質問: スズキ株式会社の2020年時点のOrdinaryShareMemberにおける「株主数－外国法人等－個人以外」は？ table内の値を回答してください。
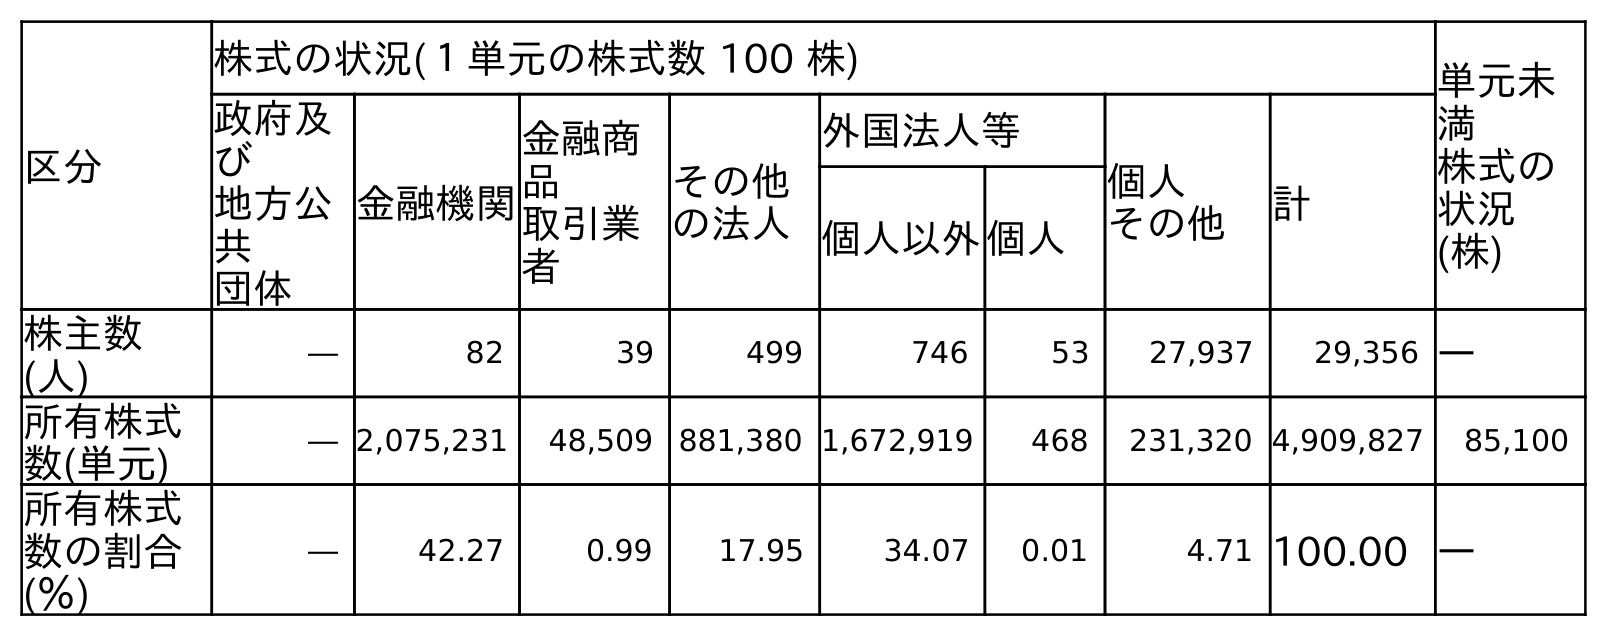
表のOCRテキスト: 区分 株式の状況(１単元の株式数 100 株) 単元未 満 株式の 状況 (株) 政府及 び 地方公 共 団体 金融機関 金融商 品 取引業 者 その他 の法人 外国法人等 個人 その他 計 個人以外個人 株主数 (人) ― 82 39 499 746 53 27,937 29,356 ― 所有株式 数(単元) ― 2,075,231 48,509 881,380 1,672,919 468 231,320 4,909,827 85,100 所有株式 数の割合 (％) ― 42.27 0.99 17.95 34.07 0.01 4.71 100.00 ―
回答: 746